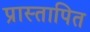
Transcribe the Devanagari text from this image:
प्रास्तापित